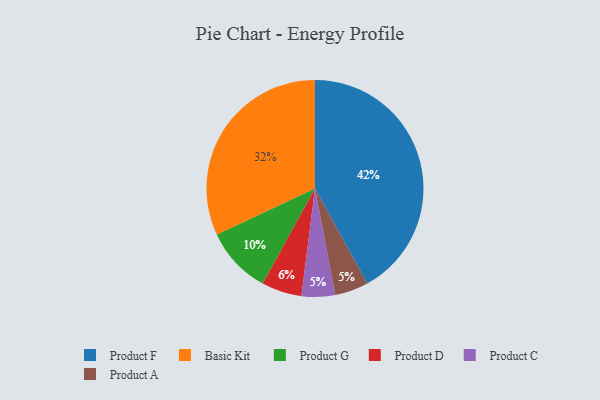
{"axis": {"x": "Category", "y": "Percentage"}, "legend": ["Basic Kit", "Product A", "Product C", "Product D", "Product F", "Product G"], "data": [{"x": "Product D", "y": 6, "type": "Product D"}, {"x": "Product F", "y": 42, "type": "Product F"}, {"x": "Product G", "y": 10, "type": "Product G"}, {"x": "Product C", "y": 5, "type": "Product C"}, {"x": "Product A", "y": 5, "type": "Product A"}, {"x": "Basic Kit", "y": 32, "type": "Basic Kit"}]}